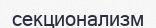
секционализм